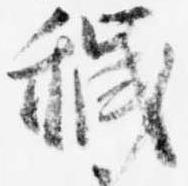
穢